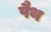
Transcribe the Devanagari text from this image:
पैथ